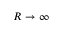
R \to \infty